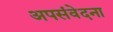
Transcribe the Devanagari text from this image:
अपसंवेदना